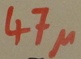
Text: 47µ